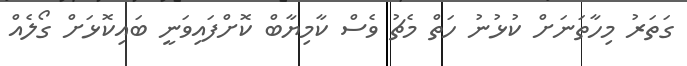
ގަތަރު މިހާތަނަށް ކުޅުނު ހަތް މެޗު ވެސް ކާމިޔާބް ކޮށްފައިވަނީ ބައިކޮޅަށް ގޯލެއް